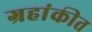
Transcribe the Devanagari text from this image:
ग्रहांकीत